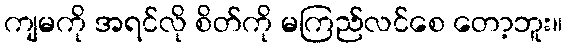
ကျမကို အရင်လို စိတ်ကို မကြည်လင်စေ တော့ဘူး။